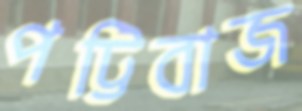
পট্টিবাজ